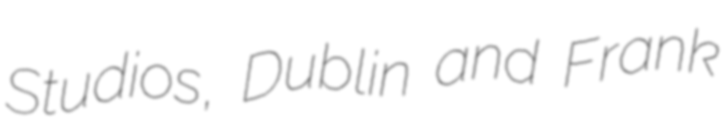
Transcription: Studios, Dublin and Frank